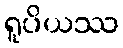
ရူပိယဿ